Leaving Certificate Examination (including Day School Certificate (Higher) General paper), 1926
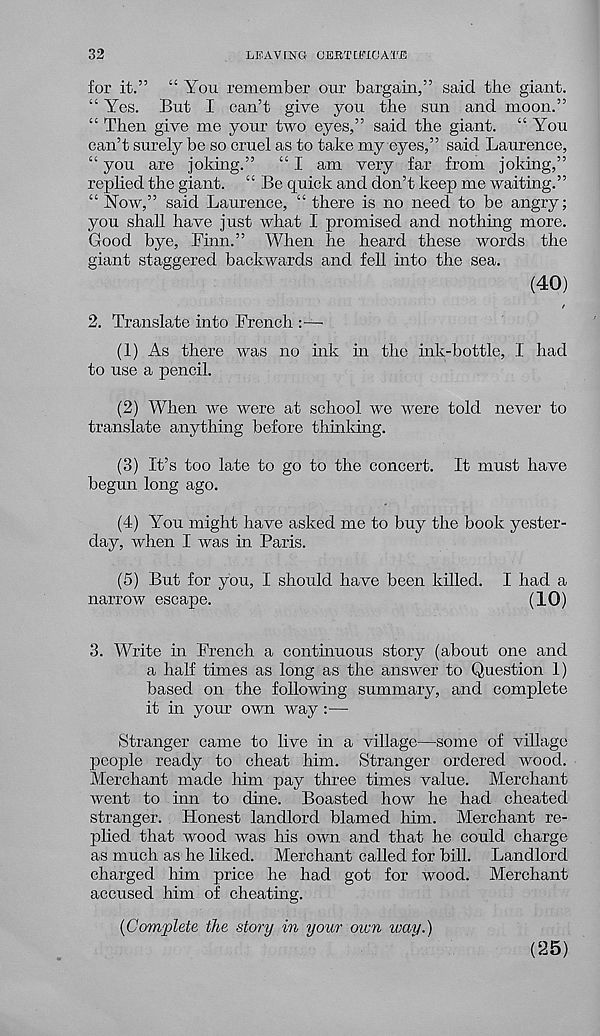
32
LEAV USTG CEKT CfflC ATE
for it.” “You remember our bargain,” said the giant.
“ Yes. But I can’t give you the sun and moon.”
“ Then give me your two eyes,” said the giant. “You
can’t surely be so cruel as to take my eyes,” said Laurence,
“ you are joking.”
“ I am very far from joking,”
replied the giant. “ Be quick and don’t keep me waiting.”
“ Now,” said Laurence, “ there is no need to be angry;
you shall have just what I promised and nothing more.
Good bye, Finn.” When he heard these words the
giant staggered backwards and fell into the sea.
(40)
/
2. Translate into French :—
(1) As there was no ink in the ink-bottle, I had
to use a pencil.
(2) When we were at school we were told never to
translate anything before thinking.
(3) It’s too late to go to the concert. It must have
begun long ago.
(4) You might have asked me to buy the book yester-
day, when I was in Paris.
(5) But for you, I should have been killed. I had a
narrow escape.
(10)
3. Write in French a continuous story (about one and
a half times as long as the answer to Question 1)
based on the following summary, and complete
it in your own way :—
Stranger came to live in a village—some of village
people ready to cheat him. Stranger ordered wood.
Merchant made him pay three times value. Merchant
went to inn to dine. Boasted how he had cheated
stranger. Honest landlord blamed him. Merchant re-
plied that wood was his own and that he could charge
as much as he liked. Merchant called for bill. Landlord
charged him price he had got for wood. Merchant
accused him of cheating.
{Complete the story in your own way.)
(25)